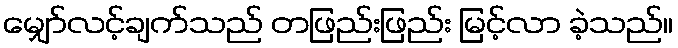
မျှော်လင့်ချက်သည် တဖြည်းဖြည်း မြင့်လာ ခဲ့သည်။